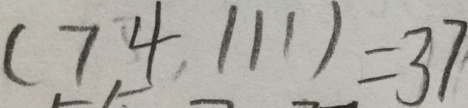
( 7 4 , 1 1 1 ) = 3 7